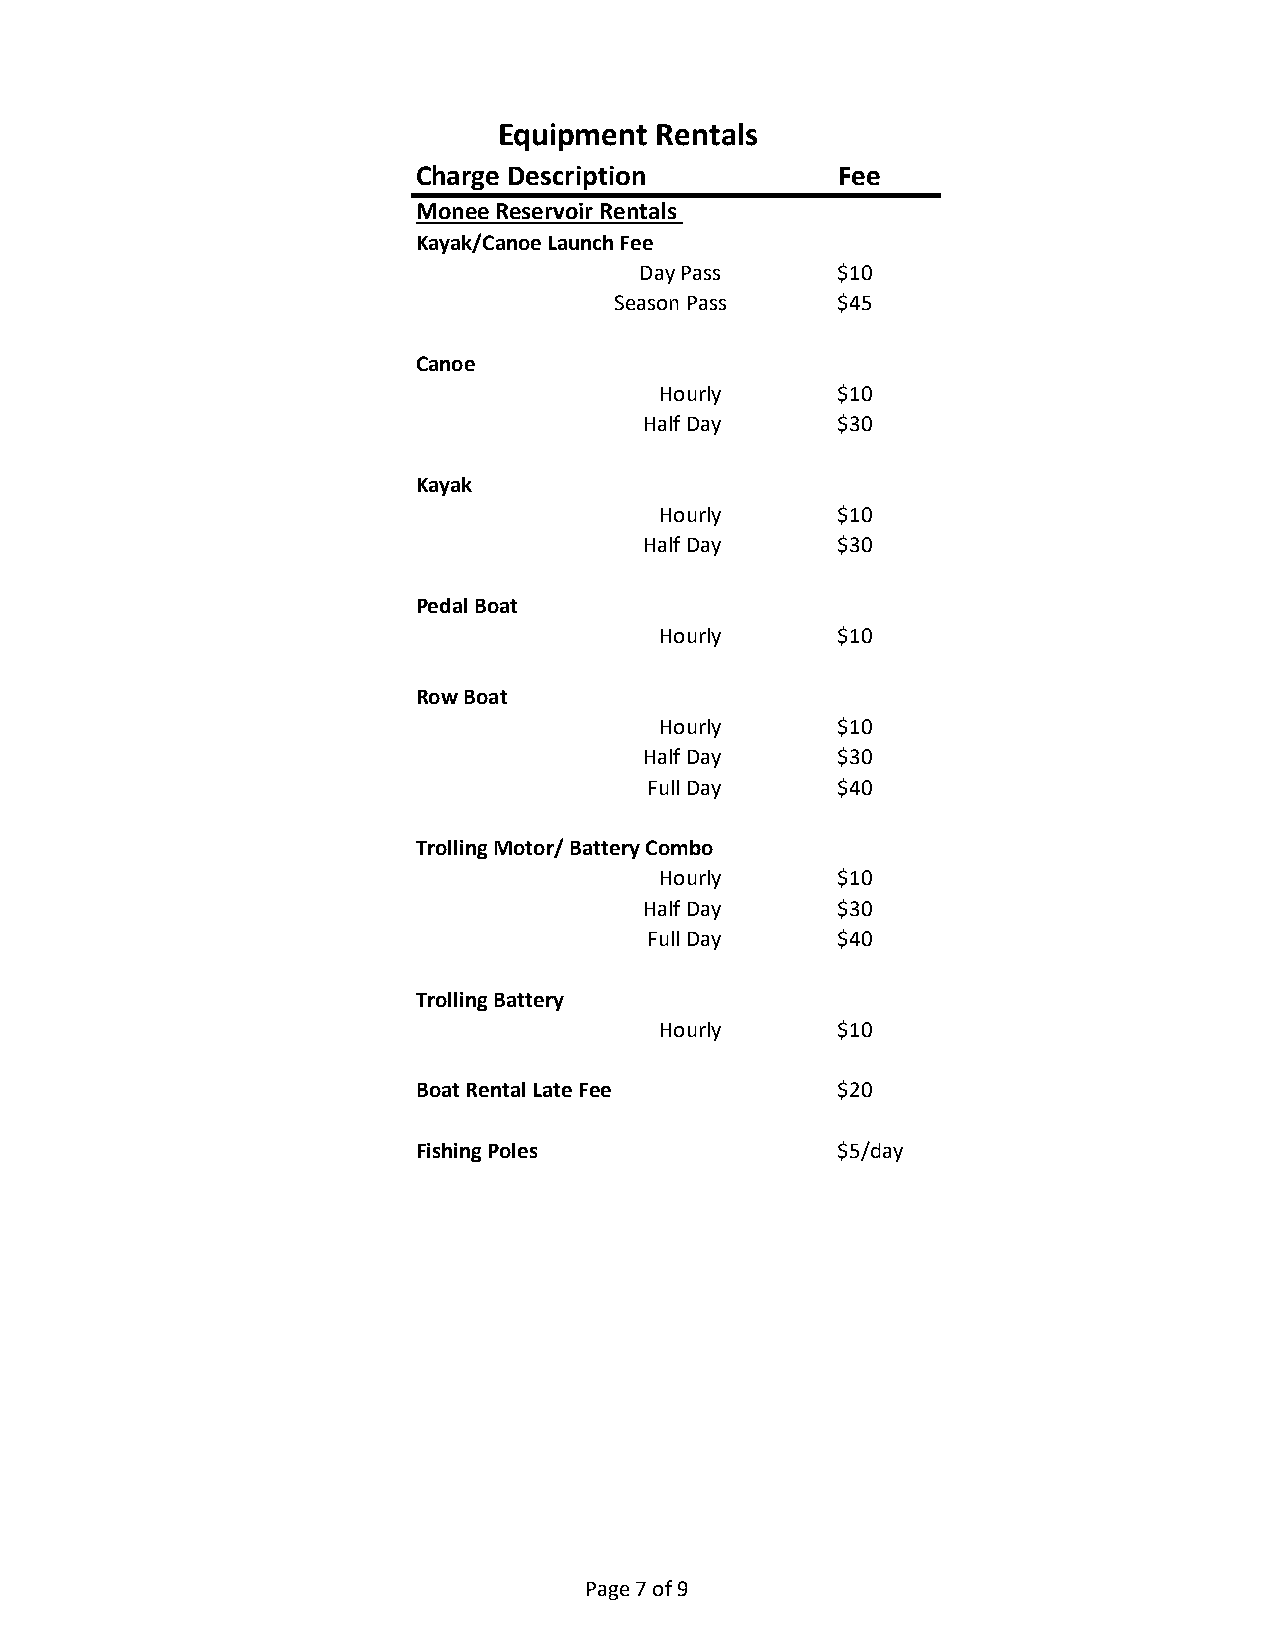
Equipment Rentals
 Charge Description         Fee
 Monee Reservoir Rentals
 Kayak/Canoe Launch Fee
 Day Pass     $10
 Season Pass   $45
 Canoe
 Hourly     $10
 Half Day    $30
 Kayak
 Hourly     $10
 Half Day    $30
 Pedal Boat
 Hourly     $10
 Row Boat
 Hourly     $10
 Half Day    $30
 Full Day    $40
 Trolling Motor/ Battery Combo
 Hourly     $10
 Half Day    $30
 Full Day    $40
 Trolling Battery
 Hourly     $10
 Boat Rental Late Fee       $20
 Fishing Poles              $5/day
 Page 7 of 9